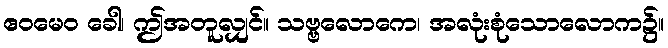
ဧဝမေဝ ခေါ၊ ဤအတူလျှင်။ သဗ္ဗလောကေ၊ အလုံးစုံသောလောက၌။